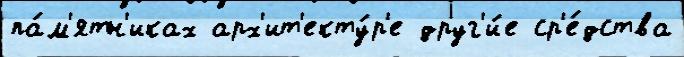
па́м'ятн'иках арх'ит'екту́р'е друг'и́е ср'е́дства